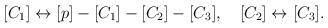
LaTeX: \begin{align*}[C_1] \leftrightarrow [p]-[C_1]-[C_2]-[C_3], \quad [C_2] \leftrightarrow [C_3].\end{align*}